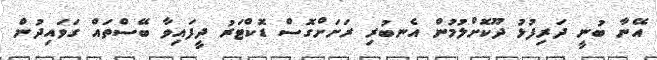
އޭނާ ބުނީ ދަރިފުޅު ދޫކޮށްލުމުން އެނބުރި ރަށަށްގޮސް ޑޮކްޓަރު ދީފައިވާ ބޭސްތައް ގަވައިދުން